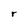
Character: r